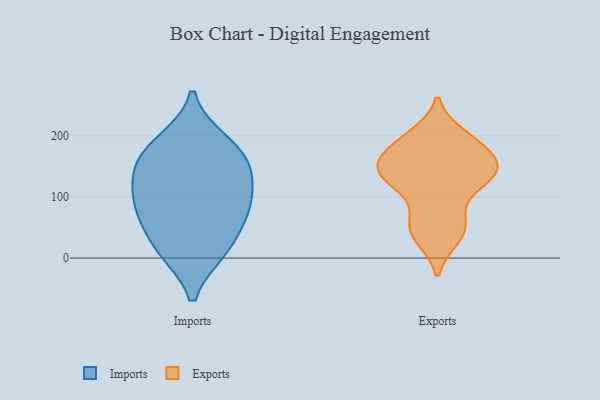
{"axis": {"x": "Tickets Resolved", "y": "Value"}, "legend": ["Exports", "Imports"], "data": [{"x": "", "y": 178, "type": "Imports"}, {"x": "", "y": 67, "type": "Imports"}, {"x": "", "y": 12, "type": "Imports"}, {"x": "", "y": 75, "type": "Imports"}, {"x": "", "y": 120, "type": "Imports"}, {"x": "", "y": 85, "type": "Imports"}, {"x": "", "y": 148, "type": "Imports"}, {"x": "", "y": 11, "type": "Imports"}, {"x": "", "y": 192, "type": "Imports"}, {"x": "", "y": 141, "type": "Imports"}, {"x": "", "y": 183, "type": "Exports"}, {"x": "", "y": 199, "type": "Exports"}, {"x": "", "y": 143, "type": "Exports"}, {"x": "", "y": 131, "type": "Exports"}, {"x": "", "y": 59, "type": "Exports"}, {"x": "", "y": 135, "type": "Exports"}, {"x": "", "y": 197, "type": "Exports"}, {"x": "", "y": 35, "type": "Exports"}, {"x": "", "y": 180, "type": "Exports"}, {"x": "", "y": 48, "type": "Exports"}, {"x": "", "y": 142, "type": "Exports"}, {"x": "", "y": 151, "type": "Exports"}, {"x": "", "y": 66, "type": "Exports"}, {"x": "", "y": 156, "type": "Exports"}, {"x": "", "y": 128, "type": "Exports"}, {"x": "", "y": 36, "type": "Exports"}, {"x": "", "y": 140, "type": "Exports"}, {"x": "", "y": 118, "type": "Exports"}, {"x": "", "y": 179, "type": "Exports"}]}